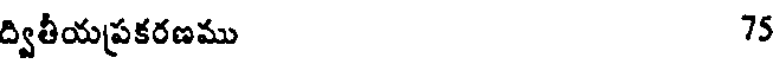
ద్వితీయప్రకరణము 75